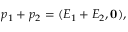
p _ { 1 } + p _ { 2 } = ( E _ { 1 } + E _ { 2 } , \mathbf { 0 } ) ,